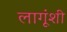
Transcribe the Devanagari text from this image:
लागूंशी